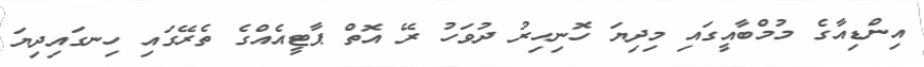
އިންޑިއާގެ މުމްބާއީގައި މިދިޔަ ހޮނިހިރު ދުވަހު ރޭ އޮތް ޕާޓީއެއްގެ ތެރޭގައި ހިނގައިދިޔަ